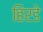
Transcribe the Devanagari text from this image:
हिरडे